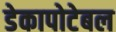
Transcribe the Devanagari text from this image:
डेकापोटेबल